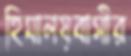
হিমালয়বাসীর